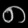
Digit: ၈